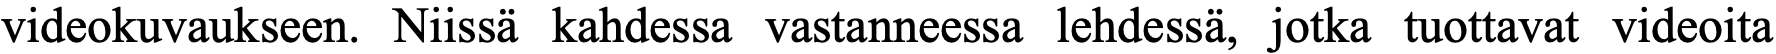
videokuvaukseen. Niissä kahdessa vastanneessa lehdessä, jotka tuottavat videoita